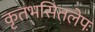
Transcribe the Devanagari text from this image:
कृतभसितलेपः